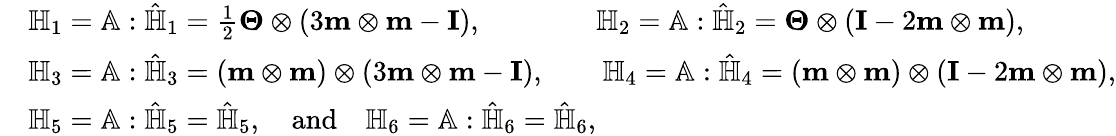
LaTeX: \begin{array}{rl}&{\mathbb{H}_{1}=\mathbb{A}:\hat{\mathbb{H}}_{1}=\frac{1}{2}\boldsymbol{\Theta}\otimes(3\textbf{m}\otimes\textbf{m}-\textbf{I}),\qquad\qquad\mathbb{H}_{2}=\mathbb{A}:\hat{\mathbb{H}}_{2}=\boldsymbol{\Theta}\otimes(\textbf{I}-2\textbf{m}\otimes\textbf{m}),}\\ &{\mathbb{H}_{3}=\mathbb{A}:\hat{\mathbb{H}}_{3}=(\textbf{m}\otimes\textbf{m})\otimes(3\textbf{m}\otimes\textbf{m}-\textbf{I}),\qquad\mathbb{H}_{4}=\mathbb{A}:\hat{\mathbb{H}}_{4}=(\textbf{m}\otimes\textbf{m})\otimes(\textbf{I}-2\textbf{m}\otimes\textbf{m}),}\\ &{\mathbb{H}_{5}=\mathbb{A}:\hat{\mathbb{H}}_{5}=\hat{\mathbb{H}}_{5},\quad\mathrm{and}\quad\mathbb{H}_{6}=\mathbb{A}:\hat{\mathbb{H}}_{6}=\hat{\mathbb{H}}_{6},}\end{array}